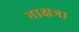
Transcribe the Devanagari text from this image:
नाक्षत्र।